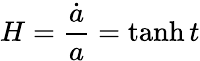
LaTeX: H=\frac{\dot{a}}{a}=\operatorname{tanh}t